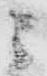
ニ